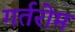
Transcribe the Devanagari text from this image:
गर्तरोम